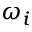
\omega _ { i }